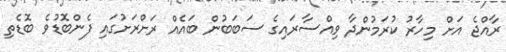
ރާއްޖެ އަށް މިހާރު ކުރަމުންދާ ވިއްސާރައިގެ ސަބަބުން ބައެއް ރަށްރަށުގައި ފެންބޮޑުވެ ބޮޑެތި